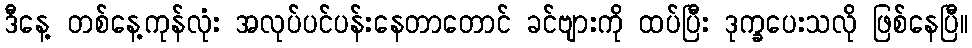
ဒီနေ့ တစ်နေ့ကုန်လုံး အလုပ်ပင်ပန်းနေတာတောင် ခင်ဗျားကို ထပ်ပြီး ဒုက္ခပေးသလို ဖြစ်နေပြီ။